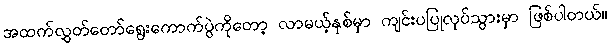
အထက်လွှတ်တော်ရွေးကောက်ပွဲကိုတော့ လာမယ့်နှစ်မှာ ကျင်းပပြုလုပ်သွားမှာ ဖြစ်ပါတယ်။